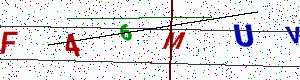
Text: F46MUV